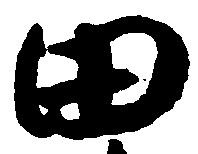
田